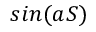
s i n ( a S )